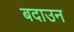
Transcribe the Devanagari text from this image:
बदाउन